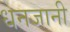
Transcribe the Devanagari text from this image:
धनजानी